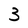
Character: 3